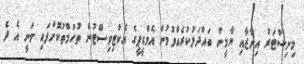
މިނިސްޓަރު އިނާޒާއި ޔާމީން ބައްދަލުކުރެއްވުމުން އެމްޑީޕީގެ އެކްޓިވިސްޓުން ތުހުމްތުކޮށްފައި ވަނީ އެ ދެ